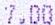
7.00